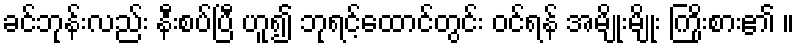
ခင်ဘုန်းလည်း နီးစပ်ပြီ ဟူ၍ ဘုရင့်ထောင်တွင်း ဝင်ရန် အမျိုးမျိုး ကြိုးစား၏ ။